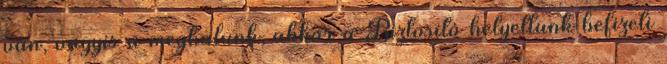
van, vagyis a meghalunk, akkor a Biztosító helyettünk befizeti